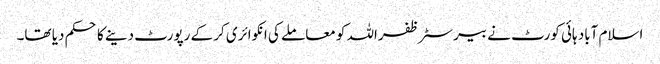
اسلام آباد ہائی کورٹ نے بیرسٹر ظفراللہ کو معاملے کی انکوائری کر کے رپورٹ دینے کا حکم دیا تھا۔